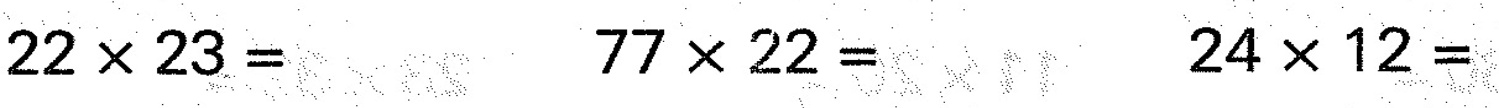
$$2 2 \times 2 3 =$$ $$7 7 \times 2 2 =$$ $$2 4 \times 1 2 =$$